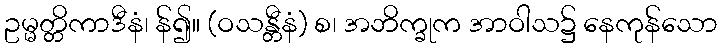
ဥမ္မတ္တိကာဒီနံ၊ န်၍။ (ဝသန္တီနံ) စ၊ အဘိက္ခုက အာဝါသ၌ နေကုန်သော